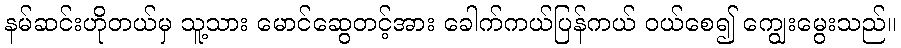
နမ်ဆင်းဟိုတယ်မှ သူ့သား မောင်ဆွေတင့်အား ခေါက်ကယ်ပြန်ကယ် ဝယ်စေ၍ ကျွေးမွေးသည်။